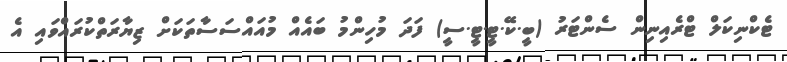
ޓެކްނިކަލް ޓްރެއިނިން ސެންޓަރު (ބީ.ކޭ.ޓީ.ޓީ.ސީ) ފަދަ މުހިންމު ބައެއް މުއައްސަސާތަކަށް ޒިޔާރަތްކުރައްވައި އެ